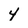
Character: 4